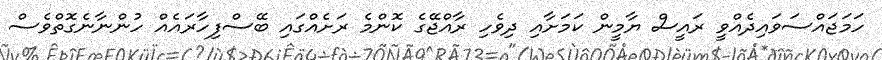
ހަމަޖައްސަވައިދެއްވީ ރައީސް ޔާމީން ކަމަށާއި ދިވެހި ރާއްޖޭގެ ކޮންމެ ރަށެއްގައި ބޭސްފިހާރައެއް ހުންނާނެގޮތްވެސް